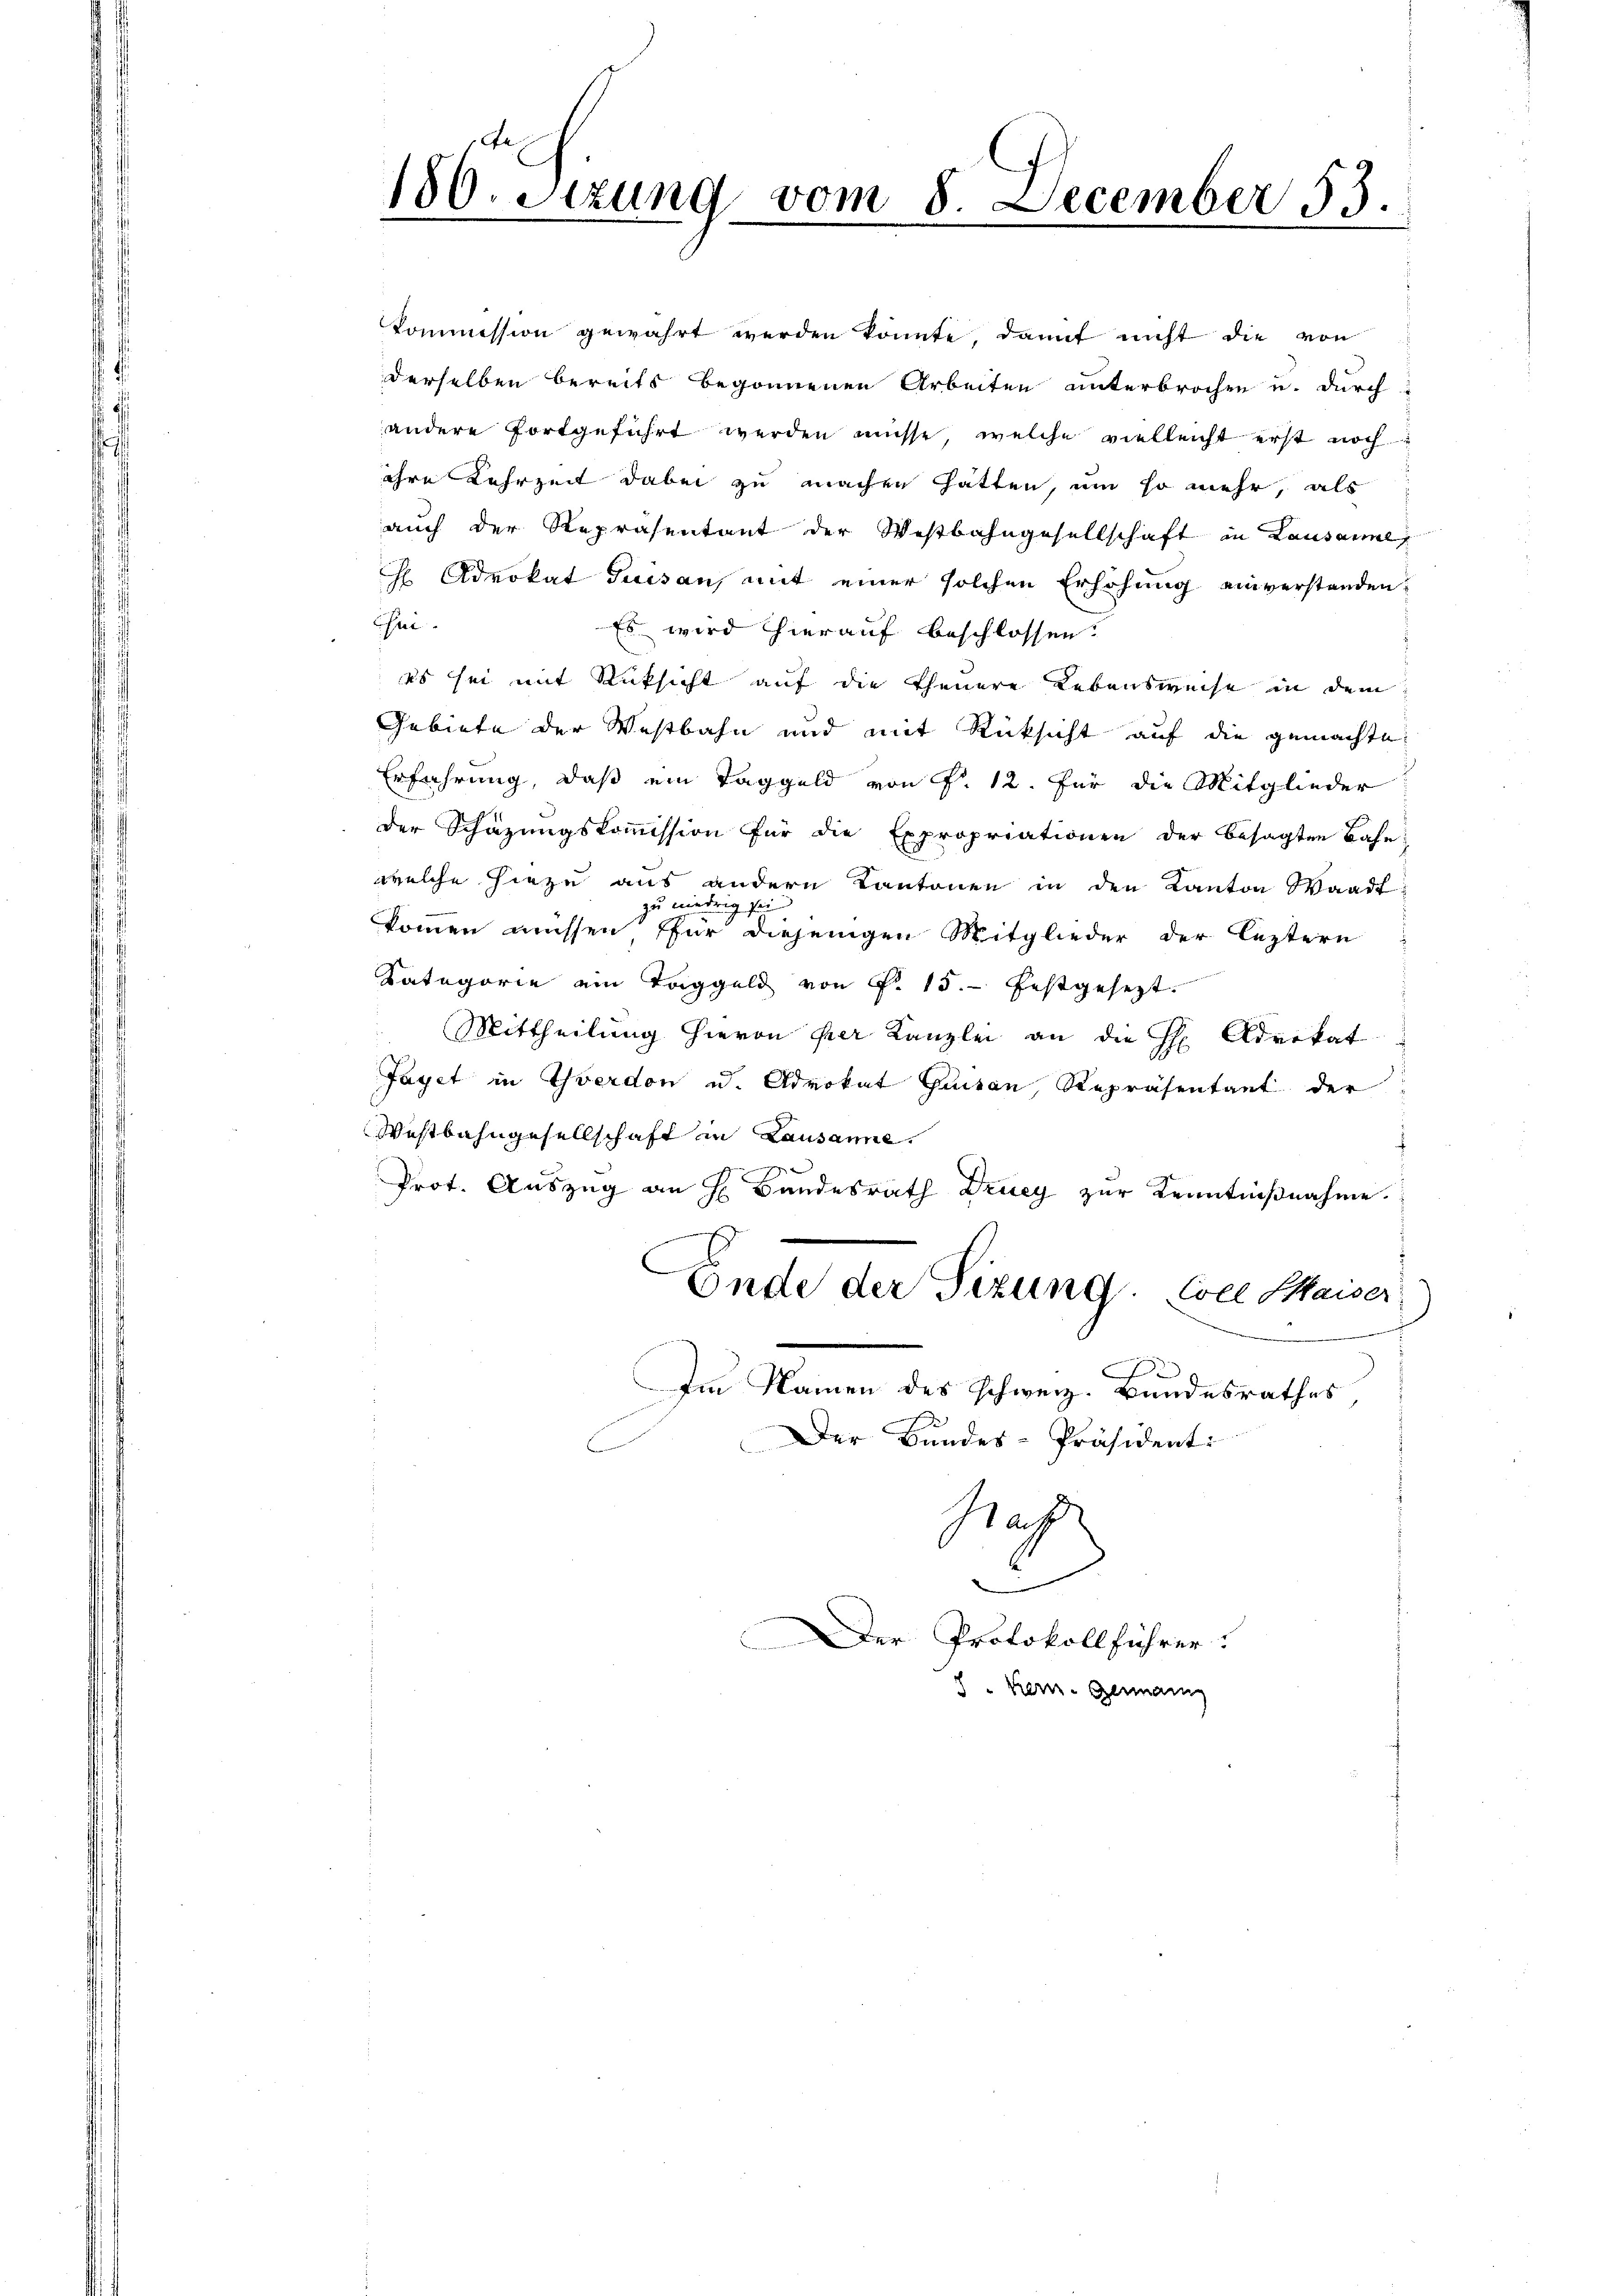
kommission gewahrt werden könnte, damit nicht die von
derselben bereits begonnenen Arbeiten unterbrochen u. durch
andere fortgeführt werden müsse, welche vielleicht erst noch
ihre Lehrzeit dabei zu machen hatten, um so mehr, als
auch der Repräsentant der Westbahngesellschaft in Lausanl
H Advokat Fussan, mit einer solchen Erhöhung einverstanden,
Che
Es wird hierauf beschlossen.
Es sei mit Rücksicht auf die theuere Lebensweise in dem
Gebiete der Westbahn und mit Rücksicht auf die gemachte
Erführung, daß ein Taggeld von P. 12. Für die Mitglieder
der Schazungskoṁission für die Expropriationen der besagten Bahn,
welche hiezu aus andern Kantonen in den Kanton Waadt
zu niedrig sei
kommen müssen für diejenigen Mitglieder der leztern
Kategorie ein Taggeld von P. 15. festgesezt.
Mittheilung hievon per Kanzlei an die H: Advokat
Jaget in Yverdon u. Advokat Quisan, Repräsentant der
Westbahngesellschaft in Lausanne.
f
Prot. Auszug an H. Bundesrath Druey zur Kenntnißnahme.
Ende der Sizung. Coll Kaiser
Im Namen des schweiz. Bundesrathes,
Der Bundes-Präsident:
C
Maß
.
Der Protokollführer.
8" Kern- Germann

180. Setzung vom 8. December 53.